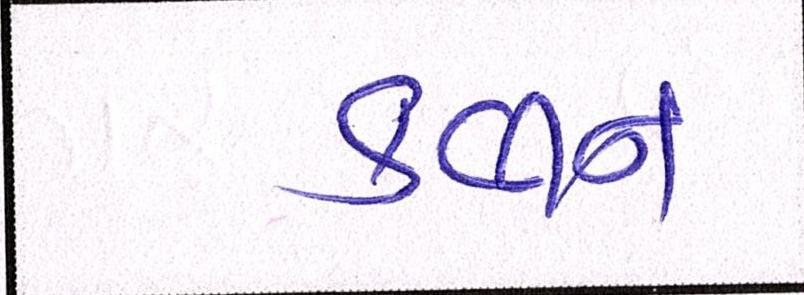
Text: ક્વીન